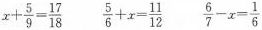
$$x+ \frac{5}{9}= \frac{17}{18}$$ $$\frac{5}{6}+x= \frac{11}{12}$$ $$\frac{6}{7}-x= \frac{1}{6}$$